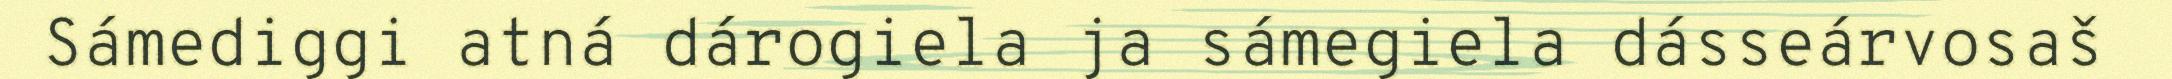
Sámediggi atná dárogiela ja sámegiela dásseárvosaš